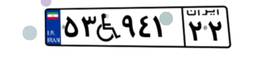
۵۳W۹۴۱۲۲